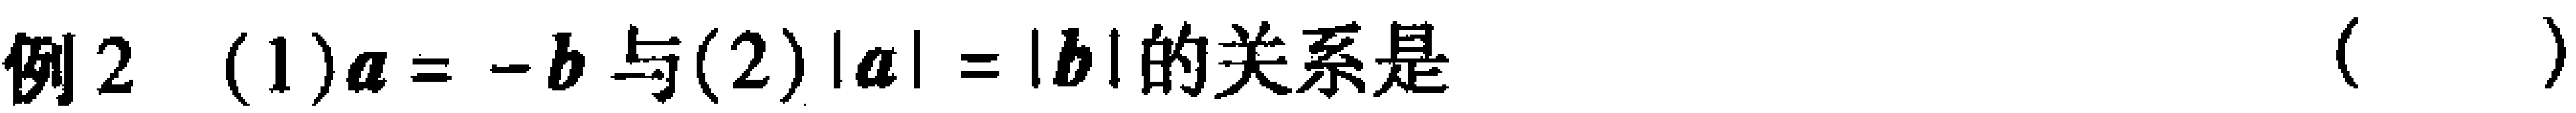
例2 (1)$a = -b$与(2)$|a| = |b|$的关系是（  ）